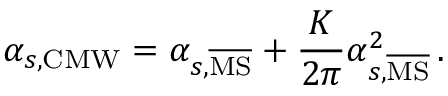
\alpha _ { s , \mathrm { C M W } } = \alpha _ { s , \mathrm { \overline { { { M S } } } } } + \frac { K } { 2 \pi } \alpha _ { s , \mathrm { \overline { { { M S } } } } } ^ { 2 } \, .